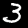
Label: 3